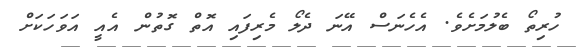
ހުރިތޯ ބެލުމަށެވެ. އެހެނަސް އޭނަ ދެލޯ މެރިފައި އޮތް ގޮތުން އެއީ އަވަހަކަށް